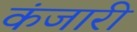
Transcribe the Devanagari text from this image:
कंजारी